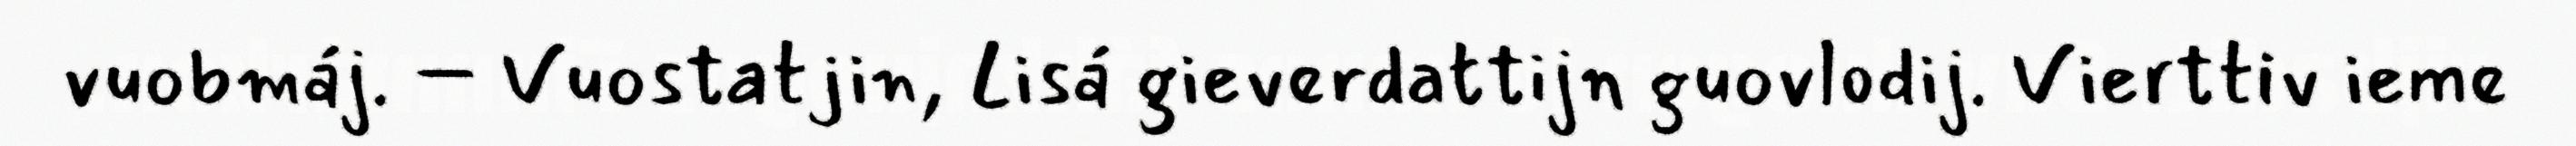
vuobmáj. – Vuostatjin, Lisá gieverdattijn guovlodij. Vierttiv ieme